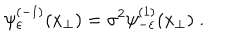
LaTeX: \psi _ { \varepsilon } ^ { ( - 1 ) } ( x _ { \perp } ) = \sigma ^ { 2 } \psi _ { - \varepsilon } ^ { ( 1 ) } ( x _ { \perp } ) \; .